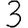
Digit: 3